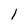
Character: l